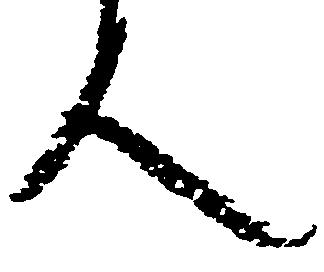
人